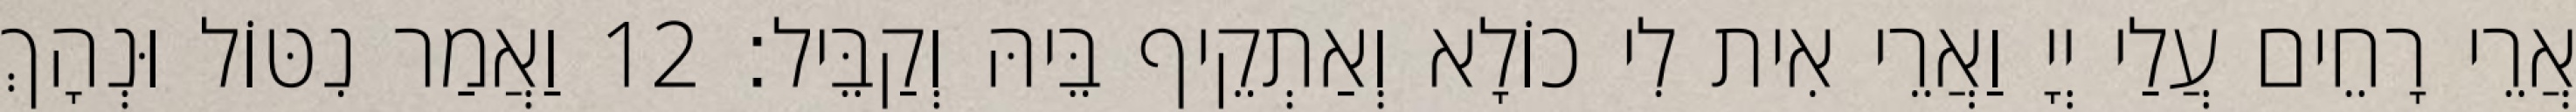
אֲרֵי רָחֵים עֲלַי יְיָ וַאֲרֵי אִית לִי כוֹלָא וְאַתְקֵיף בֵּיהּ וְקַבֵּיל׃ 12 וַאֲמַר נִטּוֹל וּנְהָךְ